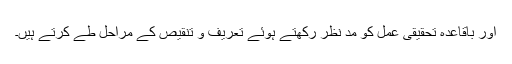
اور باقاعدہ تحقیقی عمل کو مد نظر رکھتے ہوئے تعریف و تنقیص کے مراحل طے کرتے ہیں۔